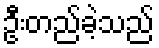
ဦးတည်ခဲ့သည်